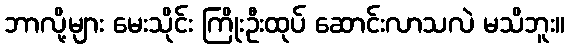
ဘာလို့များ မေးသိုင်း ကြိုးဦးထုပ် ဆောင်းလာသလဲ မသိဘူး။